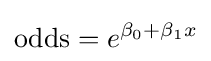
{\text{odds}}=e^{\beta _{0}+\beta _{1}x}